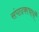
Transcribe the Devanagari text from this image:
संपादकाचार्यों